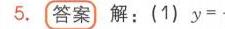
5.  答案 解：(1) \(y =\)